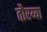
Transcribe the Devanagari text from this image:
तौरय्या